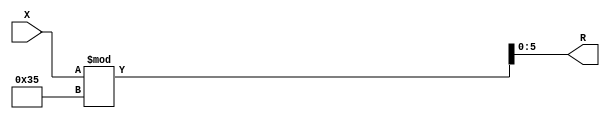
module x_400_mod_53_reg(
    input [400:1] X,
    output [6:1] R
    );


assign R = X % 53;

endmodule